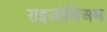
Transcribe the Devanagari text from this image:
राइजोबिअम